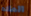
الماده